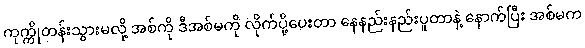
ကုက္ကိုတန်းသွားမလို့ အစ်ကို ဒီအစ်မကို လိုက်ပို့ပေးတာ နေနည်းနည်းပူတာနဲ့ နောက်ပြီး အစ်မက